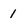
Character: 1